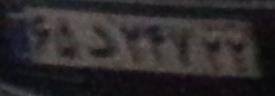
۶۵د۲۴۷۲۲